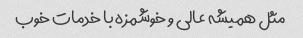
مثل همیشه عالی و خوشمزه با خدمات خوب